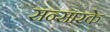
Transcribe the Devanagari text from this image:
सन्सारके